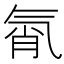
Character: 㲵